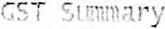
GST SUMMARY